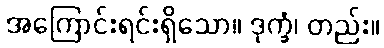
အကြောင်းရင်းရှိသော။ ဒုက္ခံ၊ တည်း။